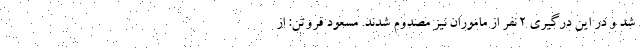
شد و در این درگیری ۲ نفر از ماموران نیز مصدوم شدند. مسعود فروتن: از